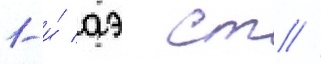
1-и́ аэ ст //